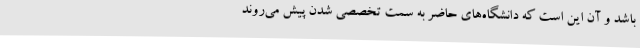
باشد و آن این است که دانشگاه‌های حاضر به سمت تخصصی شدن پیش می‌روند